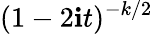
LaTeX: \! \, (1-2\mathbf{i}t)^{-k/2}